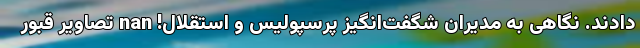
دادند. نگاهی به مدیران شگفت‌انگیز پرسپولیس و استقلال! nan تصاویر قبور